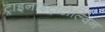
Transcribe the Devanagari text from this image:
ट्राइनाइट्रोटोल्विन